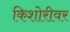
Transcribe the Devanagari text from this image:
किशोरीवर